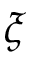
\xi